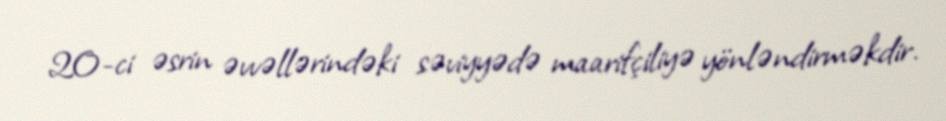
20-ci əsrin əvvəllərindəki səviyyədə maarifçiliyə yönləndirməkdir.